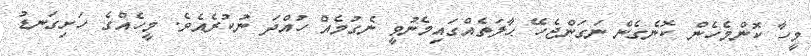
މީހާ ކޮންމެހެން ކޮނެގެން ނަގަންޖެހޭ ޙާލަތެއްގައިމެނުވީ ނެގުމެއް ހުއްދަ ނުކުރެއެވެ. މީހެއްގެ ހަށިގަނޑު